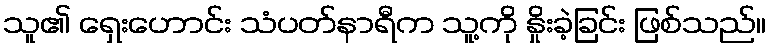
သူ၏ ရှေးဟောင်း သံပတ်နာရီက သူ့ကို နှိုးခဲ့ခြင်း ဖြစ်သည်။